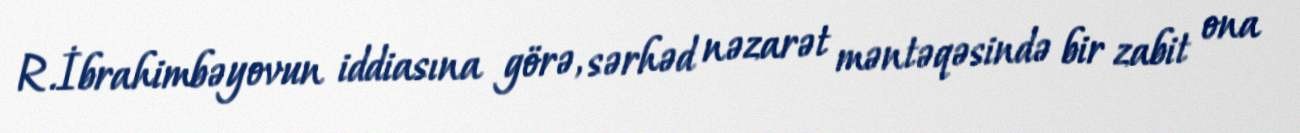
R.İbrahimbəyovun iddiasına görə, sərhəd nəzarət məntəqəsində bir zabit ona